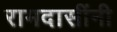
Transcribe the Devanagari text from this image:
रामदासींनी